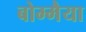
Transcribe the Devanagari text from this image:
बोम्मैया